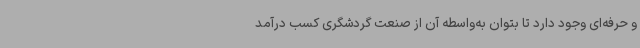
و حرفه‌ای وجود دارد تا بتوان به‌واسطه آن از صنعت گردشگری کسب درآمد